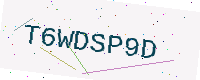
Text: T6WDSP9D